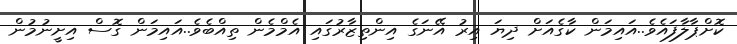
ކޮށްޕާލާފައެވެ..އައިމަން ކާގެއަށް ދިޔަ އިރު އޭނަގެ އިންތިޒާރުގައި އެމްމެން ތިއްބެވެ..އައިމަން ގޮސް އިށީނުމުން